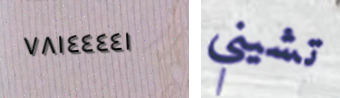
٧٨١٤٤٤٤١ تشيني